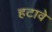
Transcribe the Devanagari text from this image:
हटावे